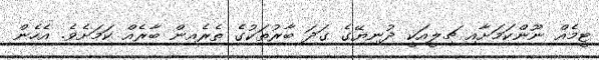
ޓީމެއް ނޫންކަމަށާއި ޗިލީއަކީ ދުނިޔޭގެ ގަދަ ބާރުތަކުގެ ތެރެއިން ބާރެއް ކަމަށެވެ. އެހެން